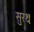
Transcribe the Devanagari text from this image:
सुरथः